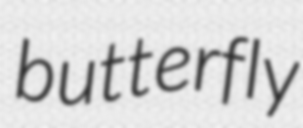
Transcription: butterfly